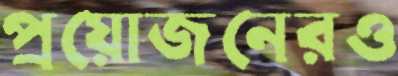
প্রয়োজনেরও